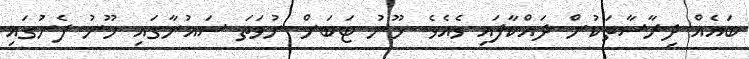
ބައެއް ދިރާސާތަކުން ދައްކާފައި ވެއެވެ. ހޫނު ޓަބަށް ނުވަތަ ސައުނާގައި ހޫނު ފެނުގައި